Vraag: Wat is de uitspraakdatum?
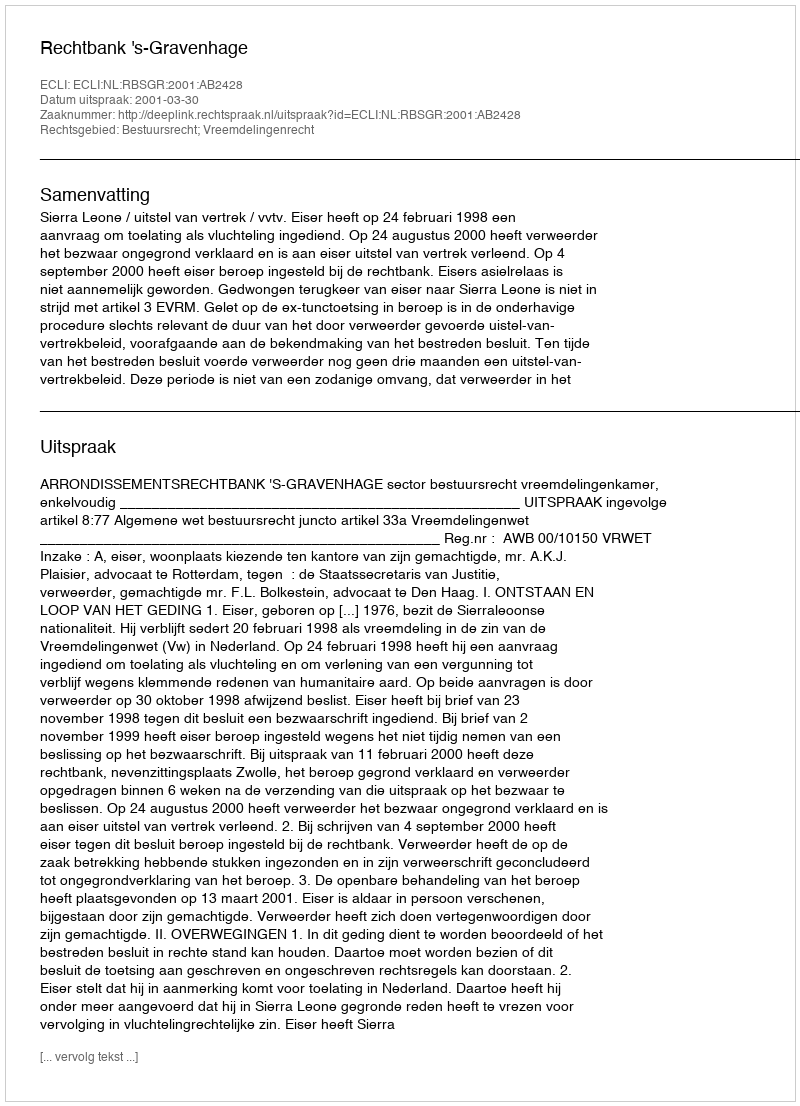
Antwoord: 2001-03-30